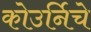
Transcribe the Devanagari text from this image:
कोउर्निचे